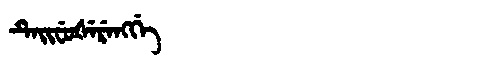
Manchu: ᡨᡝᡳᠸᡠᡧᡝᡵᡝᠩᡤᡝ
Romanization: TEIFUŠERENGGE